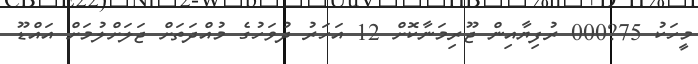
މީހަކު 75?000 ރުފިޔާއިން ޖޫރިމަނާކޮށް 12 އަހަރު ދުވަހުގެ މުއްދަތަށް ޖަލަށްލުމަށް އައްޑޫ